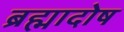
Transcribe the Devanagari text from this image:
ब्रह्मादोष